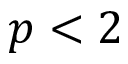
p < 2